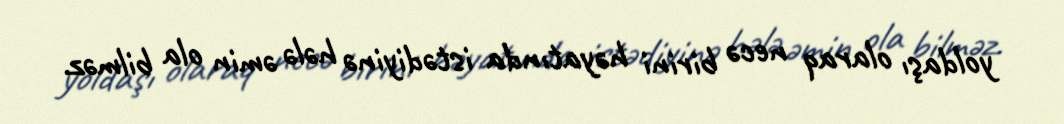
yoldaşı olaraq necə birini həyatında istədiyinə hələ əmin ola bilməz.